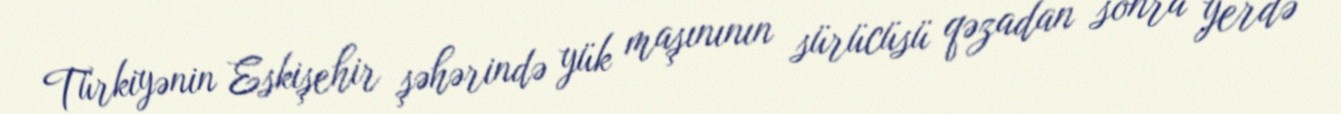
Türkiyənin Eskişehir şəhərində yük maşınının sürücüsü qəzadan sonra yerdə